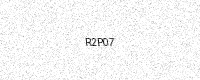
Text: R2P07